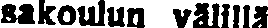
sakoulun välillä